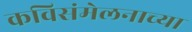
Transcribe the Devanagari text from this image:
कविसंमेलनाच्या